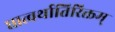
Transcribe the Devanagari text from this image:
धात्वर्थातिरिक्तम्